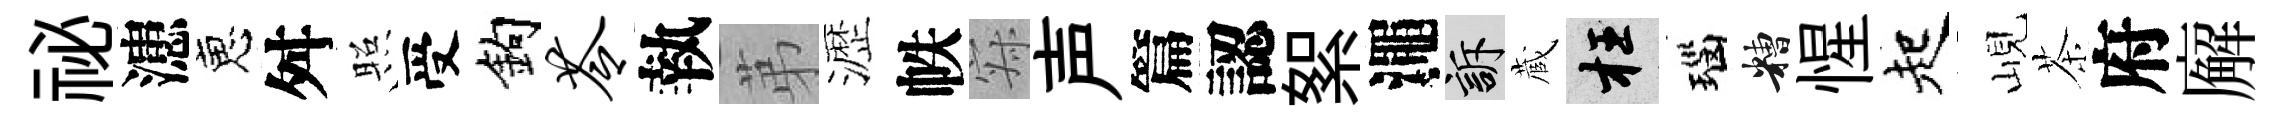
祕漶恵舛照受鈎苓執苐瀝帙寂声篇認絮澠訴蔵枉瑙糟惺起峴茶府廨